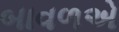
બાવળએ